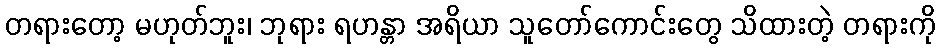
တရားတော့ မဟုတ်ဘူး၊ ဘုရား ရဟန္တာ အရိယာ သူတော်ကောင်းတွေ သိထားတဲ့ တရားကို